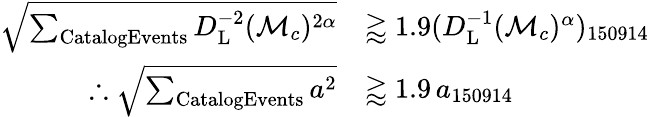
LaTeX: \begin{array}{rl}{\sqrt{\sum_{\mathrm{{CatalogEvents}}}D_{\mathrm{L}}^{-2}(\mathcal{M}_{c})^{2\alpha}}}&{\gtrapprox 1.9(D_{\mathrm{{L}}}^{-1}(\mathcal{M}_{c})^{\alpha})_{150914}}\\ {\therefore\sqrt{\sum_{\mathrm{CatalogEvents}}a^{2}}}&{\gtrapprox 1.9\, a_{150914}}\end{array}